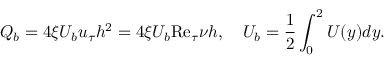
Q _ { b } = 4 \xi U _ { b } u _ { \tau } h ^ { 2 } = 4 \xi U _ { b } \mathrm { R e } _ { \tau } \nu h , \quad U _ { b } = \frac { 1 } { 2 } \int _ { 0 } ^ { 2 } U ( y ) d y .